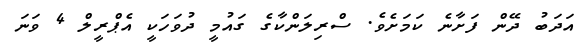
އަދަބު ދޭން ފަށާނެ ކަމަށެވެ. ސްރިލަންކާގެ ގައުމީ ދުވަހަކީ އެޕްރީލް 4 ވަނަ